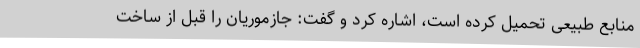
منابع طبیعی تحمیل کرده است، اشاره کرد و گفت: جازموریان را قبل از ساخت